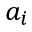
a _ { i }